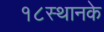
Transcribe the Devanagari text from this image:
१८स्थानके